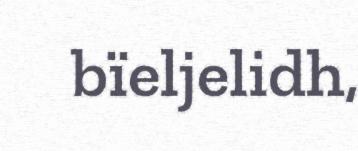
bïeljelidh,